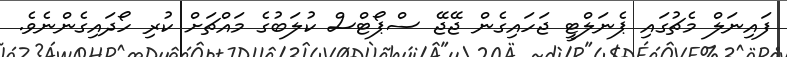
ފައިނަލް މެޗުގައި ޕެނަލްޓީ ޖަހައިގެން ޖޭޖޭ ސްޕޯޓްސް ކުލަބުގެ މައްޗަށް ކުރި ހޯދައިގެންނެވެ.